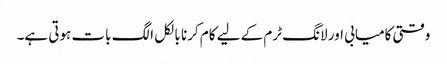
وقتی کامیابی اور لانگ ٹرم کے لیے کام کرنا بالکل الگ بات ہوتی ہے۔